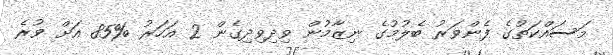
މަސައްކަތުގެ ފެންވަރު ބެލުމުގެ ނިޒާމުން ވިދިވިދިގެން 2 އަހަރު %85 އަށް ވުރެ